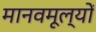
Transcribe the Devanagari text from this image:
मानवमूल्यों